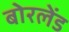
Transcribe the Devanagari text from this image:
बोरलेंड